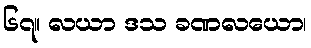
၆၇။ လယာ ဒသ ခဏလယော၊